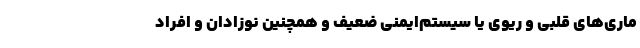
ماری‌های قلبی و ریوی یا سیستم‌ایمنی ضعیف و همچنین نوزادان و افراد